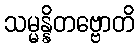
သမ္မန္နိတဗ္ဗောတိ